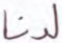
لدنا